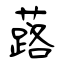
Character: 蕗